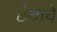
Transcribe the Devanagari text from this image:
छेदाचे